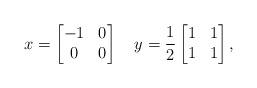
LaTeX: \begin{align*} x=\begin{bmatrix} -1&0\\ 0&0 \end{bmatrix}\quad y=\frac12\begin{bmatrix} 1&1\\ 1&1 \end{bmatrix}, \end{align*}